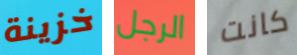
خزينة الرجل كانت